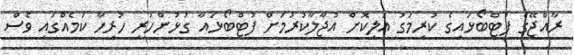
ރާއްޖޭގެ ފުޓްބޯޅައިގެ ކުރިމަގު އަލިކޮށް އުޖާލާކުރުމަށް ފުޓްބޯޅައާ ގުޅުންހުރި ހުރިހާ ކަމެއްގައި ވެސް